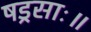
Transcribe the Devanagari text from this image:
षड्रसाः॥